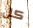
كل